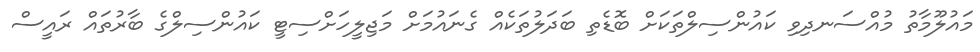
މައުލޫމާތު މުއްސަނދިވި ކައުންސިލްތަކަށް ބޮޑެތި ބަދަލުތަކެއް ގެނައުމަށް މަޖިލީހަށްސިޓީ ކައުންސިލްގެ ބާރުތައް ރައީސް